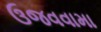
ઉજવવામા